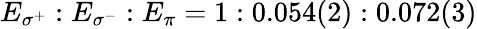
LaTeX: E_{\sigma^{+}}:E_{\sigma^{-}}:E_{\pi}=1:0.054(2):0.072(3)